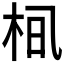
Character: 𪲂